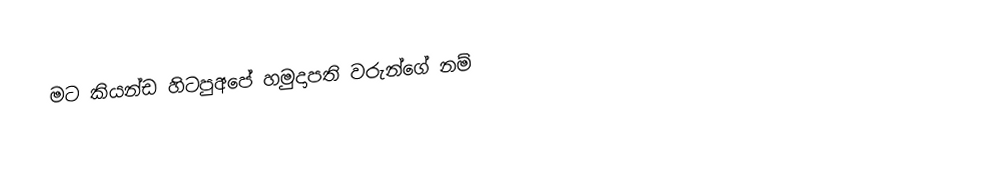
මට කියන්ඩ හිටපුඅපේ හමුදාපති වරුන්ගේ නම්